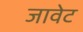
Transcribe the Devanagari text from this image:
जावेट